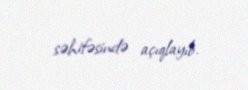
səhifəsində açıqlayıb.